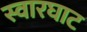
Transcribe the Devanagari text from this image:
स्‍वारघाट